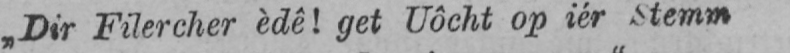
„Dir Filercher èdê! get Uôcht op iér Stemm